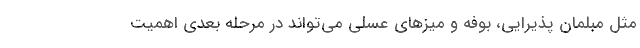
مثل مبلمان پذیرایی، بوفه و میزهای عسلی می‌تواند در مرحله بعدی اهمیت